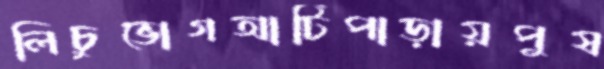
লিচুভোগআটিপাড়ায়পুষ